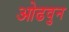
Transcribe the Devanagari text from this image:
ओढवुन